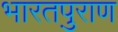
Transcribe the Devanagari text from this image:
भारतपुराण